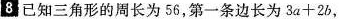
8.已知三角形的周长为56，第一条边长为$$3 a + 2 b$$，